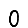
Digit: 0